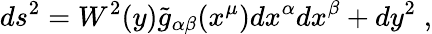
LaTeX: ds^{2}=W^{2}(y)\widetilde{g}_{\alpha\beta}(x^{\mu})dx^{\alpha}dx^{\beta}+dy^{2}\; ,